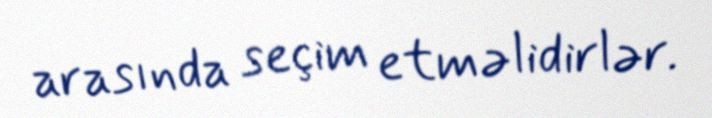
arasında seçim etməlidirlər.